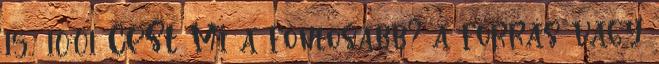
15., 10:01 CEST Mi a fontosabb? a forrás vagy